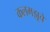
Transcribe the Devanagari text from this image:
कलमझूचे